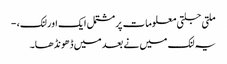
ملتی جلتی معلومات پر مشتمل ایک اور لنک، -
یہ لنک میں نے بعد میں ڈھونڈھا۔